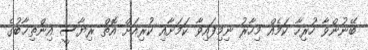
ބޭނުންވާ ހުރިހާ ކަމެއް މިހާރު ނިމިފައިވާ ކަމަށާއި ކުރިއަށް އޮތް ރިޔާސީ އިންތިޚާބުގެ